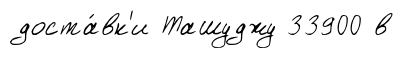
доста́вк'и Ташуджу 33900 в